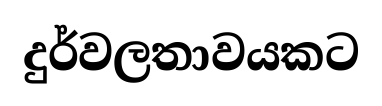
දුර්වලතාවයකට